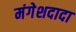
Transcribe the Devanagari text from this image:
मंगेशदादा